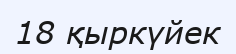
18 қыркүйек